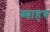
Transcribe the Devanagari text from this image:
ब्याहब